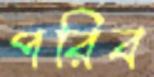
পরিব